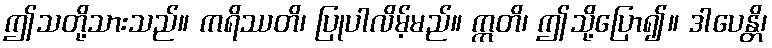
ဤသတို့သားသည်။ ကရိဿတိ၊ ပြုပါလိမ့်မည်။ ဣတိ၊ ဤသို့ပြော၍။ ဒါပေန္တိ၊